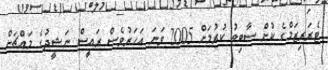
ޓެރަރިޒަމްގެ ކުށް ސާބިތު ކުރުމަށް 2005 ވަނަ އަހަރުވެސް ރައީސް ނަޝީދުގެ މައްޗަށް